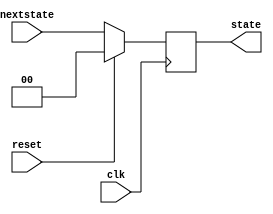
module minstate(
	input [1:0] nextstate,
	input reset,
	output reg [1:0] state,
	input clk
);
	initial begin
		state = 2'd0;
	end
	
	always @(posedge clk) begin
		if (reset)
			state <= 2'd0;
		else
			state <= nextstate;
	end

endmodule